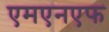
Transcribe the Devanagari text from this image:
एमएनएफ